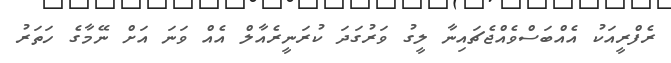
ރެފްރީއަކު އެއްބަސްވެއްޖެޗައިނާ ލީގު ވަރުގަދަ ކުރަނީރެއާލް އެއް ވަނަ އަށް ނޭމާގެ ހަތަރު